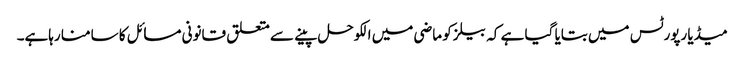
میڈیا رپورٹس میں بتایا گیا ہے کہ بیلز کو ماضی میں الکوحل پینے سے متعلق قانونی مسائل کا سامنا رہاہے۔